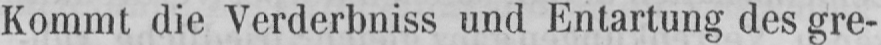
Kommt die Verderbniss und Entartung des gre-